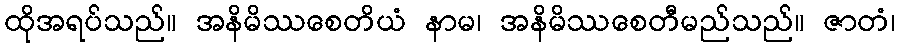
ထိုအရပ်သည်။ အနိမိဿစေတိယံ နာမ၊ အနိမိဿစေတီမည်သည်။ ဇာတံ၊